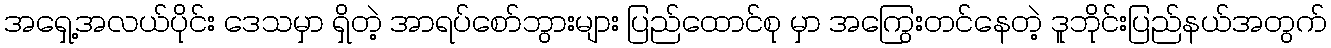
အရှေ့အလယ်ပိုင်း ဒေသမှာ ရှိတဲ့ အာရပ်စော်ဘွားများ ပြည်ထောင်စု မှာ အကြွေးတင်နေတဲ့ ဒူဘိုင်းပြည်နယ်အတွက်